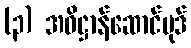
(၃) အဓိဋ္ဌာန်ဆောင်ပုဒ်